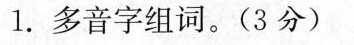
1.多音字组词。(3分)